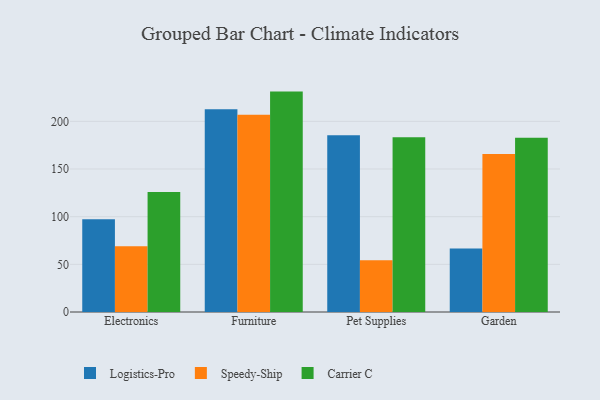
{"axis": {"x": "Category", "y": "Inventory Turnover"}, "legend": ["Carrier C", "Logistics-Pro", "Speedy-Ship"], "data": [{"x": "Electronics", "y": 97.3, "type": "Logistics-Pro"}, {"x": "Electronics", "y": 68.9, "type": "Speedy-Ship"}, {"x": "Electronics", "y": 125.9, "type": "Carrier C"}, {"x": "Furniture", "y": 212.7, "type": "Logistics-Pro"}, {"x": "Furniture", "y": 207.0, "type": "Speedy-Ship"}, {"x": "Furniture", "y": 231.2, "type": "Carrier C"}, {"x": "Pet Supplies", "y": 185.3, "type": "Logistics-Pro"}, {"x": "Pet Supplies", "y": 54.3, "type": "Speedy-Ship"}, {"x": "Pet Supplies", "y": 183.2, "type": "Carrier C"}, {"x": "Garden", "y": 66.6, "type": "Logistics-Pro"}, {"x": "Garden", "y": 165.8, "type": "Speedy-Ship"}, {"x": "Garden", "y": 182.7, "type": "Carrier C"}]}